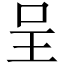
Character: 呈